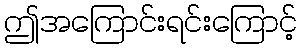
ဤအကြောင်းရင်းကြောင့်